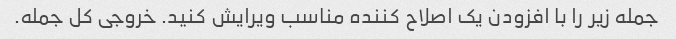
جمله زیر را با افزودن یک اصلاح کننده مناسب ویرایش کنید. خروجی کل جمله.